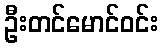
ဦးတင်မောင်ဝင်း